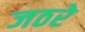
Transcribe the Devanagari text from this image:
जठरे